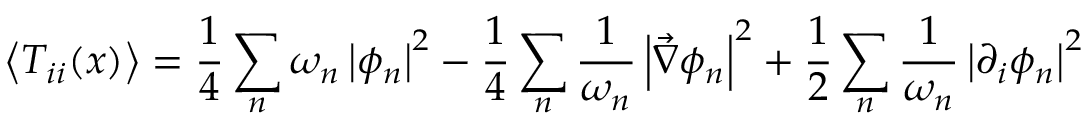
\left\langle T _ { i i } ( x ) \right\rangle = \frac { 1 } { 4 } \sum _ { n } \omega _ { n } \left| \phi _ { n } \right| ^ { 2 } - \frac { 1 } { 4 } \sum _ { n } \frac { 1 } { \omega _ { n } } \left| \vec { \nabla } \phi _ { n } \right| ^ { 2 } + \frac { 1 } { 2 } \sum _ { n } \frac { 1 } { \omega _ { n } } \left| \partial _ { i } \phi _ { n } \right| ^ { 2 }